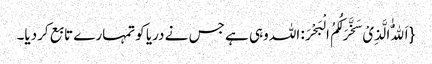
{اَللّٰهُ الَّذِیْ سَخَّرَ لَکُمُ الْبَحْرَ: اللہ وہی ہے جس نے دریا کوتمہارے تابع کردیا۔